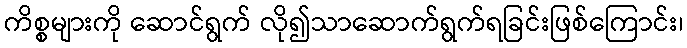
ကိစ္စများကို ဆောင်ရွက် လို၍သာဆောက်ရွက်ရခြင်းဖြစ်ကြောင်း၊